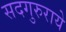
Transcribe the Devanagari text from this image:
सदगुरुराये